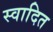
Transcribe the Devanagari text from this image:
स्वादित